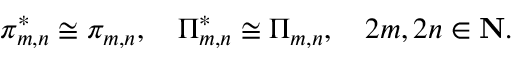
\pi _ { m , n } ^ { * } \cong \pi _ { m , n } , \quad \Pi _ { m , n } ^ { * } \cong \Pi _ { m , n } , \quad 2 m , 2 n \in \mathbf { N } .